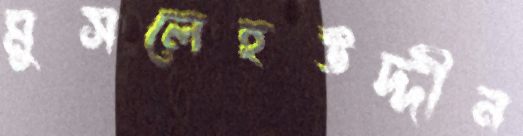
মুসলেহউদ্দীন